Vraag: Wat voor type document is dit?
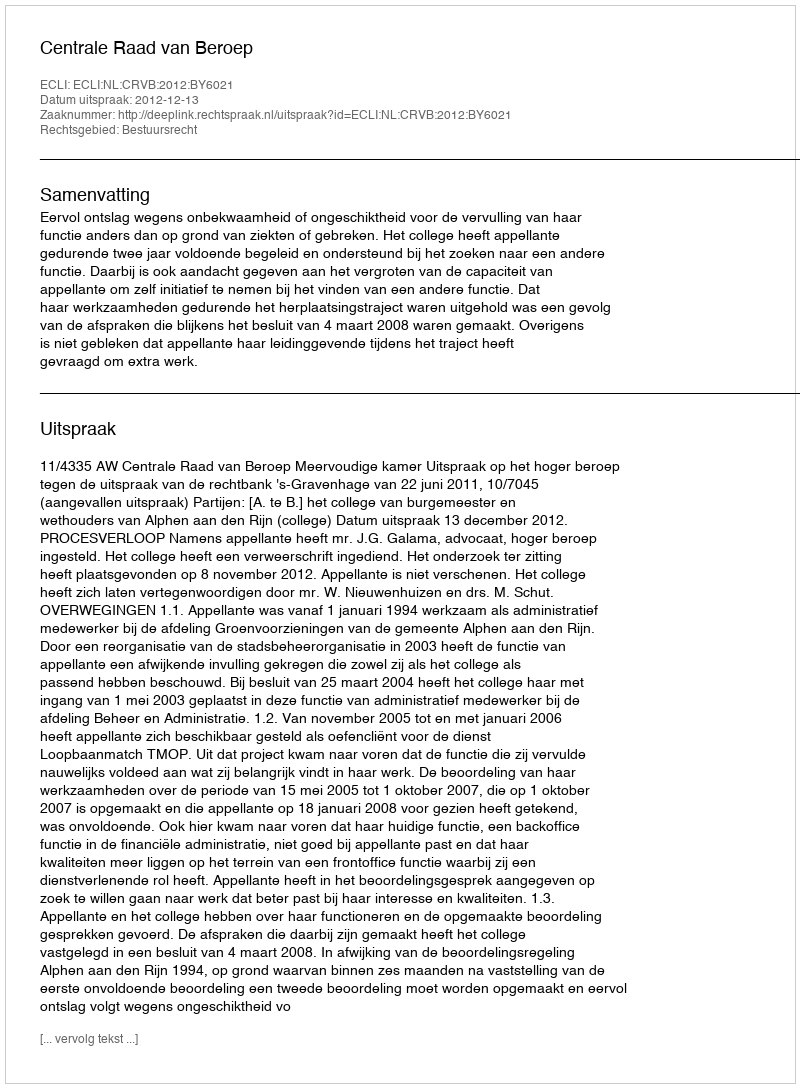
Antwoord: Uitspraak